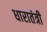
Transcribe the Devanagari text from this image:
धारातंत्री